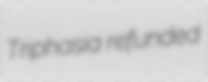
Triphasia refunded